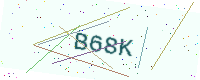
Text: B68K